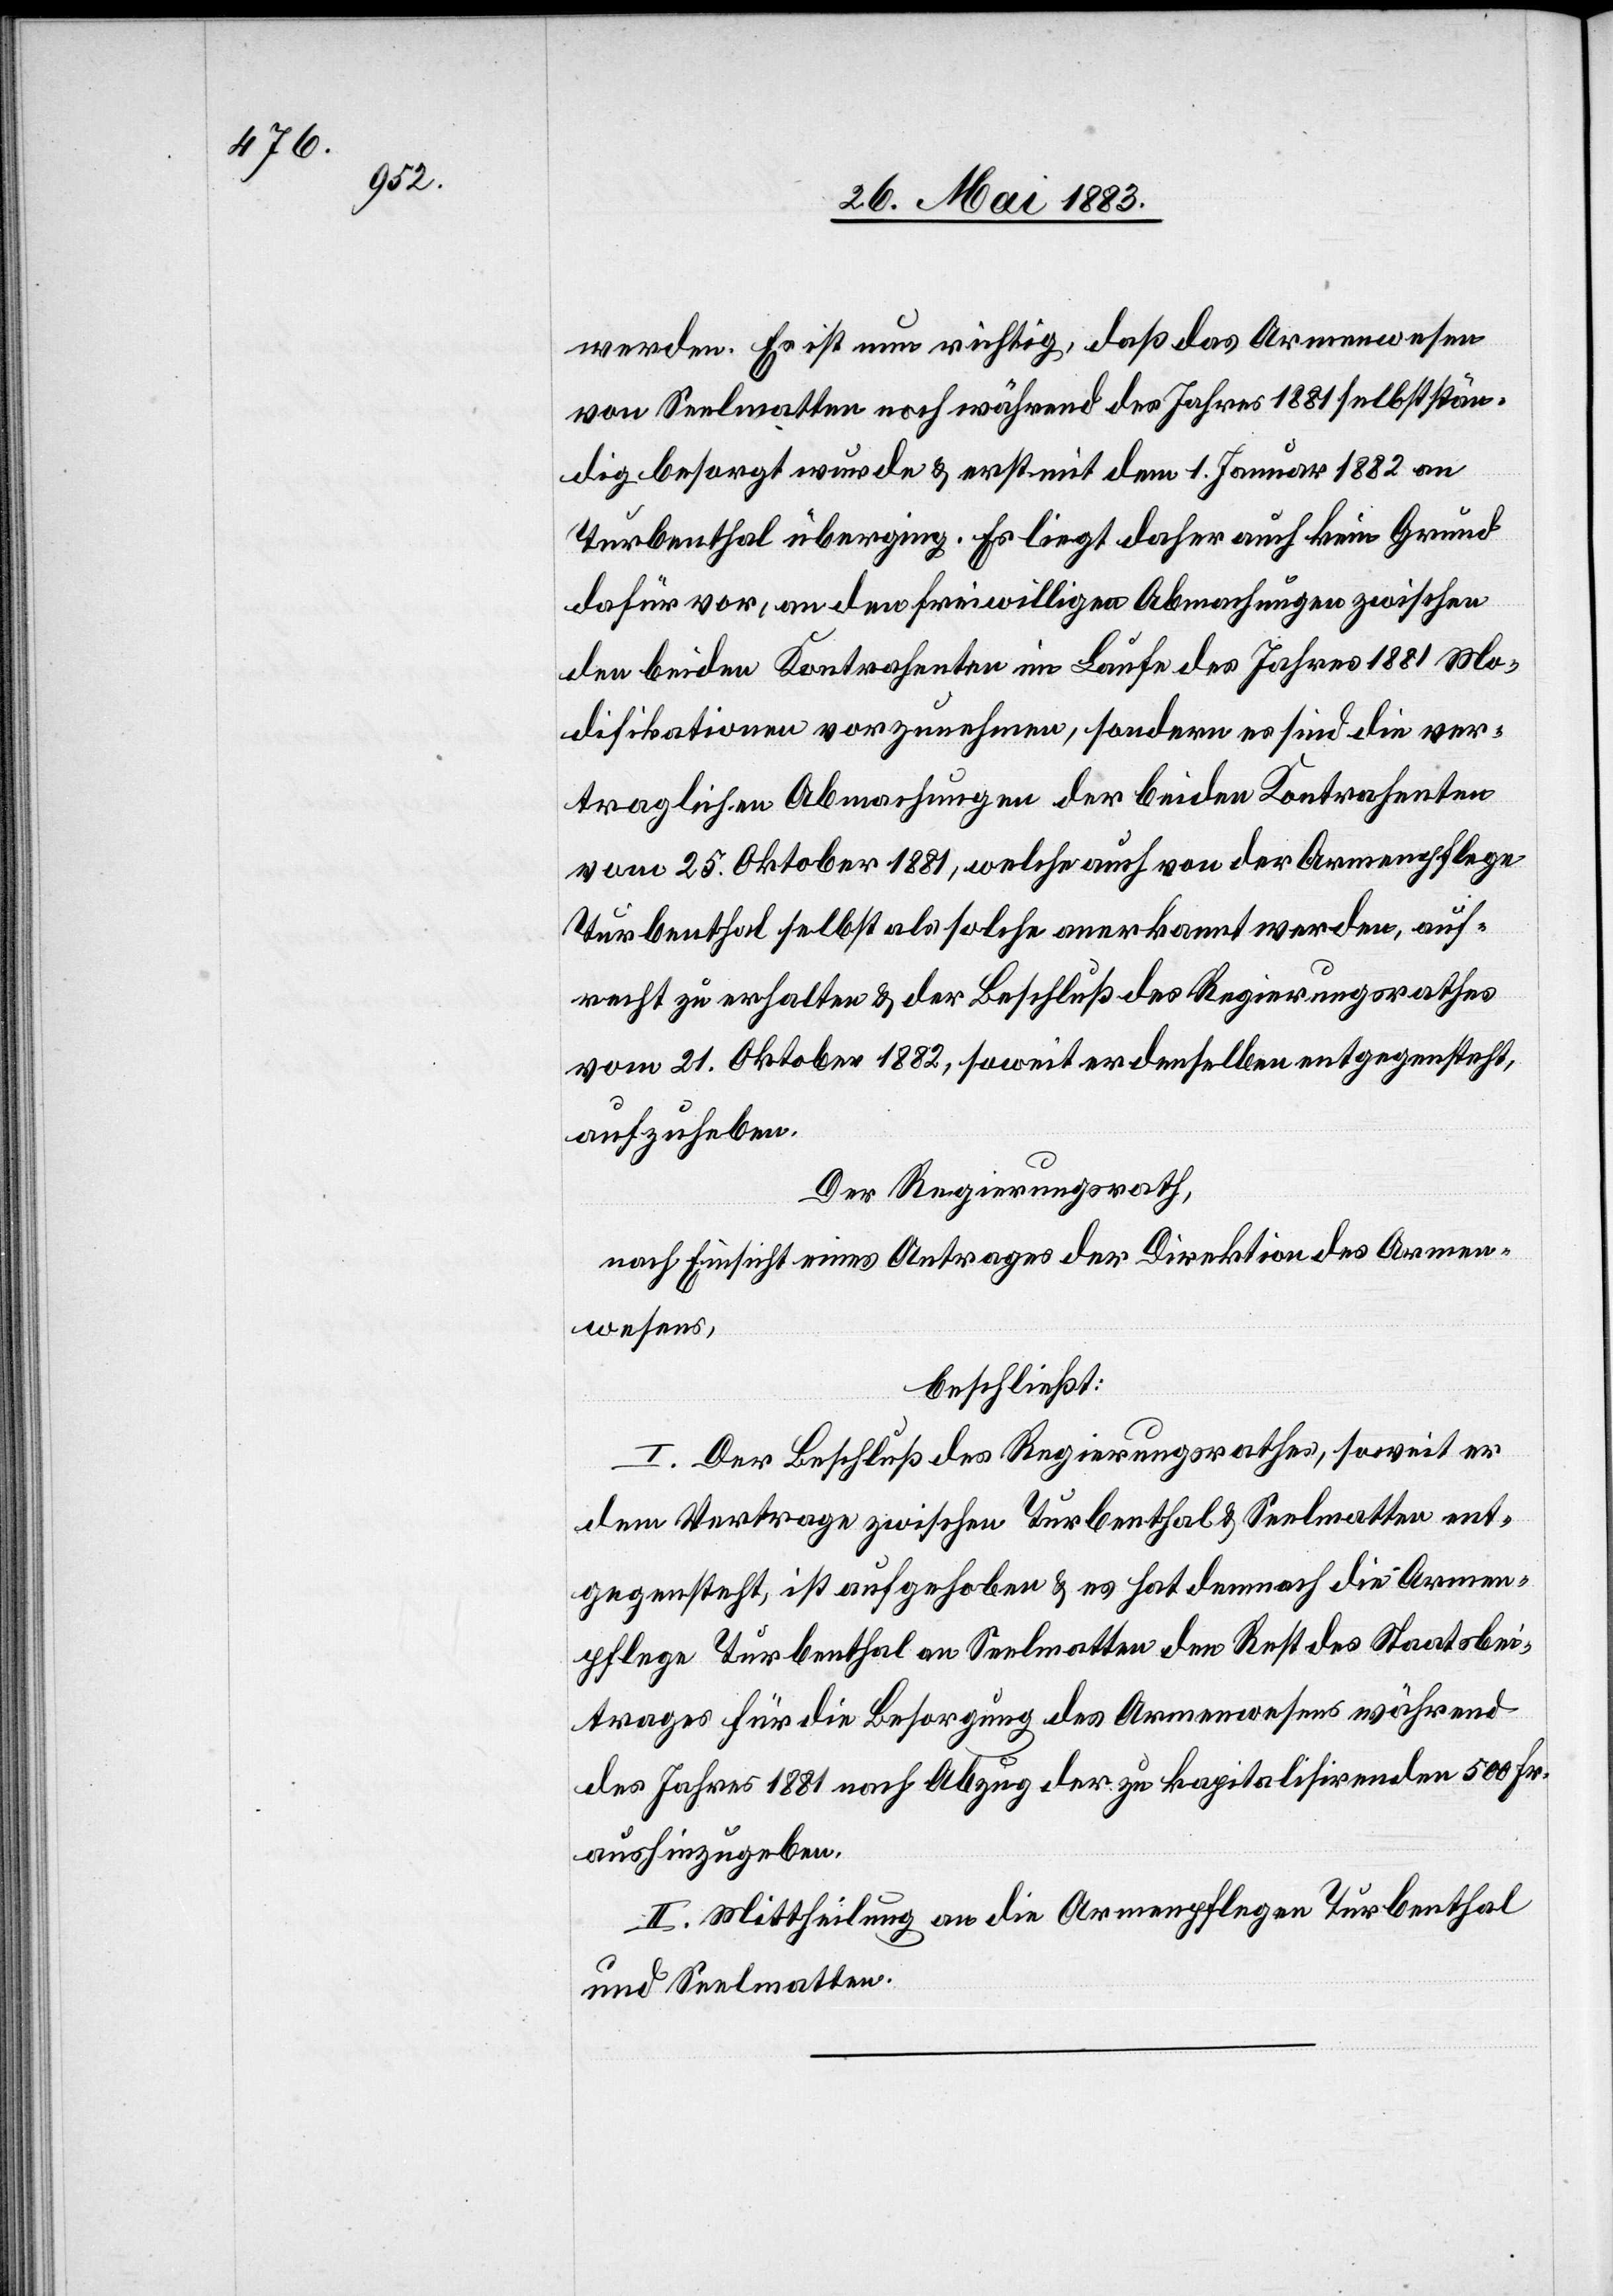
werden. Es ist nun richtig, daß das Armenwesen
von Seelmatten noch während des Jahres 1881 selbststän¬
dig besorgt wurde & erst mit dem 1. Januar 1882 an
Turbenthal überging. Es liegt daher auch kein Grund
dafür vor, an den freiwilligen Abmachungen zwischen
den beiden Kontrahenten im Laufe des Jahres 1881 Mo¬
difikationen vorzunehmen, sondern es sind die ver¬
traglichen Abmachungen der beiden Kontrahenten
vom 25. Oktober 1881, welche auch von der Armenpflege
Turbenthal selbst als solche anerkannt werden, auf¬
recht zu erhalten & der Beschluß des Regierungsrathes
vom 21. Oktober 1881, soweit er denselben entgegensteht,
aufzuheben.
Der Regierungsrath,
nach Einsicht eines Antrages der Direktion des Armen¬
wesens,
beschließt:
I. Der Beschluß des Regierungsrathes, soweit er
dem Vertrage zwischen Turbenthal & Seelmatten ent¬
gegensteht, ist aufgehoben & es hat demnach die Armen¬
pflege Turbenthal an Seelmatten den Rest des Staatsbei¬
trages für die Besorgung des Armenwesens während
des Jahres 1881 nach Abzug der zu kapitalisirenden 500 Fr.
aushinzugeben.
II. Mittheilung an die Armenpflege Turbenthal
und Seelmatten.